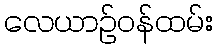
လေယာဉ်ဝန်ထမ်း